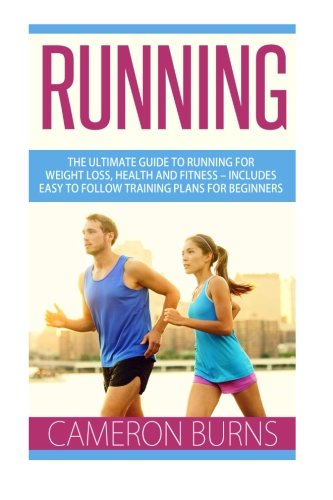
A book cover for Running: The Ultimate Guide To Running For Weight Loss, Health And Fitness - Includes Easy To Follow Training Plans For Beginners (How to Run, Jogging, Marathon Training); Cameron Burns; Health, Fitness & Dieting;